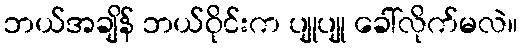
ဘယ်အချိန် ဘယ်ဝိုင်းက ပျုပျု ခေါ်လိုက်မလဲ။